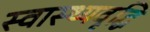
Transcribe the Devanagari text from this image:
स्वास्थ्यवृद्धि